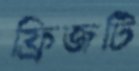
ফ্রিজটি